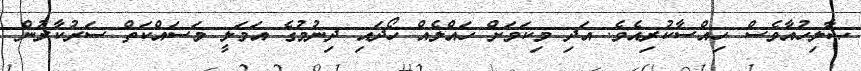
ޞާލިހުއާވެސް ހިއްސާކުރިއެވެ. އަދި މިކަމަށް ހައްލެއް ހޯދައި ދިނުމުގެ އަމަލީ މަސައްކަތް ސަރުކާރުން